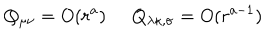
Q _ { \mu \nu } = O ( r ^ { a } ) \; \; Q _ { \lambda \kappa , \sigma } = O ( r ^ { a - 1 } )